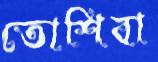
তোশিবা